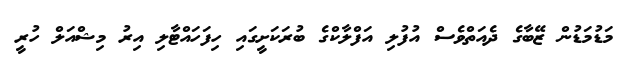
މަޑުމަޑުން ޒޭބާގެ ދެއަތްވެސް އުފުލި އަފްލާކްގެ ބުރަކަށީގައި ހިފަހައްޓާލި އިރު މިޝްއަލް ހުރީ